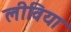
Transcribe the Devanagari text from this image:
लीविया